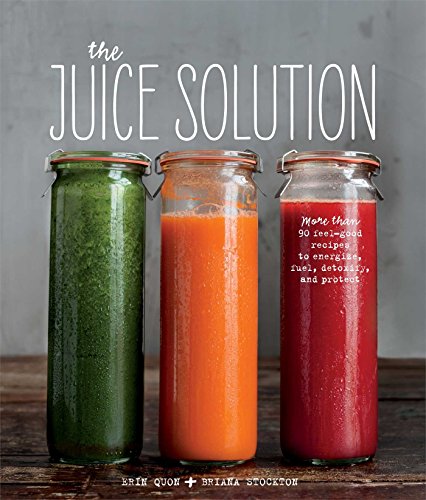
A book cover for The Juice Solution; Erin Quon; Cookbooks, Food & Wine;